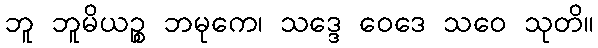
ဘူ ဘူမိယဉ္စ ဘမုကေ၊ သဒ္ဒေ ဝေဒေ သဝေ သုတိ။